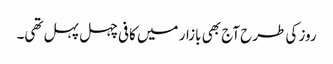
روز کی طرح آج بھی بازار میں کافی چہل پہل تھی۔